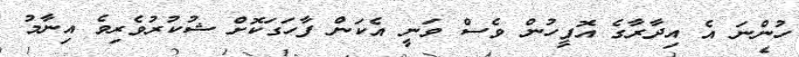
ހުންނަ އެ އިދާރާގެ އޮފީހުން ވެސް ވަނީ އެކަން ފާހަގަކޮށް ޝުކުރުވެރިވެ އިނާމު